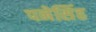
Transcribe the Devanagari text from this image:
पनेसिंह